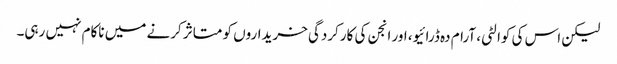
لیکن اس کی کوالٹی، آرام دہ ڈرائیو، اور انجن کی کارکردگی خریداروں کو متاثر کرنے میں ناکام نہیں رہی۔